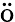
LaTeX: \mathrm{\ddot{o}}